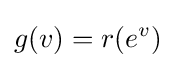
g(v)=r(e^{v})